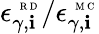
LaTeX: \epsilon_{\gamma,\mathbf{i}}^{\mathrm{{~\tiny~R~D~}}}/\epsilon_{\gamma,\mathbf{i}}^{\mathrm{{~\tiny~M~C~}}}